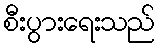
စီးပွားရေးသည်